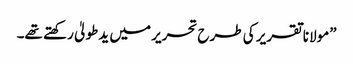
”مولانا تقریر کی طرح تحریر میں یدطولیٰ رکھتے تھے۔